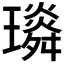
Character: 𤪏